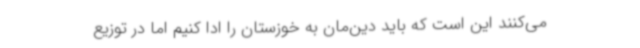
می‌کنند این است که باید دین‌مان به خوزستان را ادا کنیم اما در توزیع